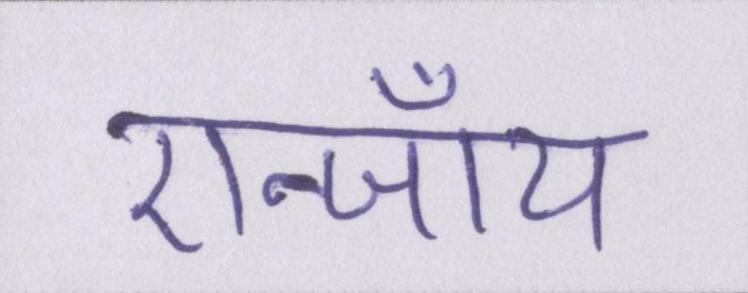
एन्जॉय